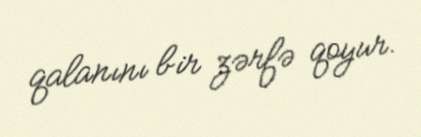
qalanını bir zərfə qoyur.